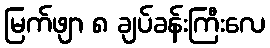
မြက်ဖျာ ၈ ချပ်ခန်းကြီးလေ